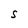
Character: S